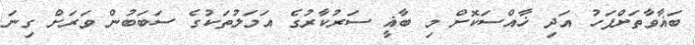
ބަޣާވާތަށްފަހު އަދި ޚާއްސަކޮށް މި ބާޣީ ސަރުކާރުގެ އަމަލުތަކުގެ ސަބަބުން ވަރަށް ގިނަ